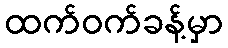
ထက်ဝက်ခန့်မှာ